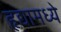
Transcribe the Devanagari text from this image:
हृद्यामध्ये